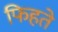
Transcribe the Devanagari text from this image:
फिहते